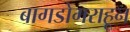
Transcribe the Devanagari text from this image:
बागडोगराहून